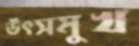
উৎসমুখ